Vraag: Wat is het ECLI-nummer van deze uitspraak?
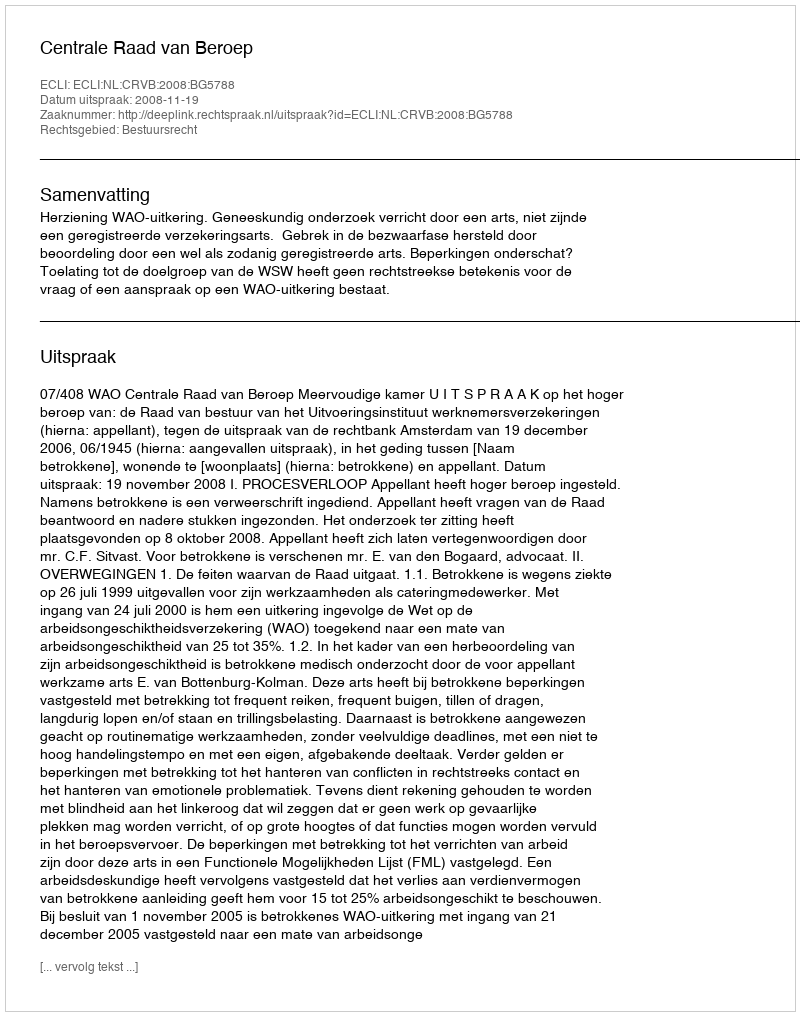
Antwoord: ECLI:NL:CRVB:2008:BG5788